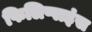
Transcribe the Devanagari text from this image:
फिलिप्पाइंस